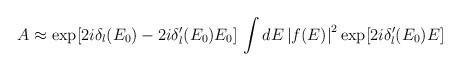
\begin{align*}A\approx \exp [2i\delta _l(E_0)-2i\delta '_l(E_0)E_0]\,\int {dE\left| {f(E)}\right|^2\exp [2i\delta '_l(E_0)E]}\end{align*}